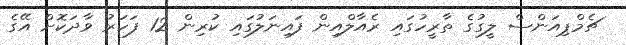
ޗެމްޕިއަންސް ލީގުގެ ތާރީހުގައި ރެއާލްއިން ފައިނަލުގައި ކުރިން 12 ފަހަރު ވާދަކޮށް އޭގެ